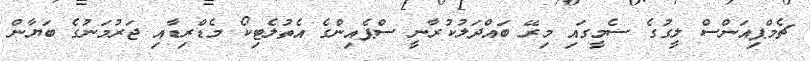
ޗެމްޕިއަންސް ލީގުގެ ސެމީގައި މިރޭ ބައްދަލުކުރާނީ ސްޕެއިންގެ އެތުލެޓިކޯ މެޑްރިޑާއި ޖަރުމަނުގެ ބަޔާން